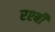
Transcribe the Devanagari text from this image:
रश्बी